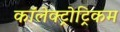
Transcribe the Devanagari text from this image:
कॉलेक्ट्रोट्रिकम